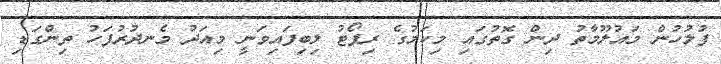
ފުލުހުން މައުލޫމާތު ދިން ގޮތުގައި މިކަމުގެ ރިޕޯޓު ލިބިފައިވަނީ މިއަދު މެނދުރުފަހު ތިންގަޑި